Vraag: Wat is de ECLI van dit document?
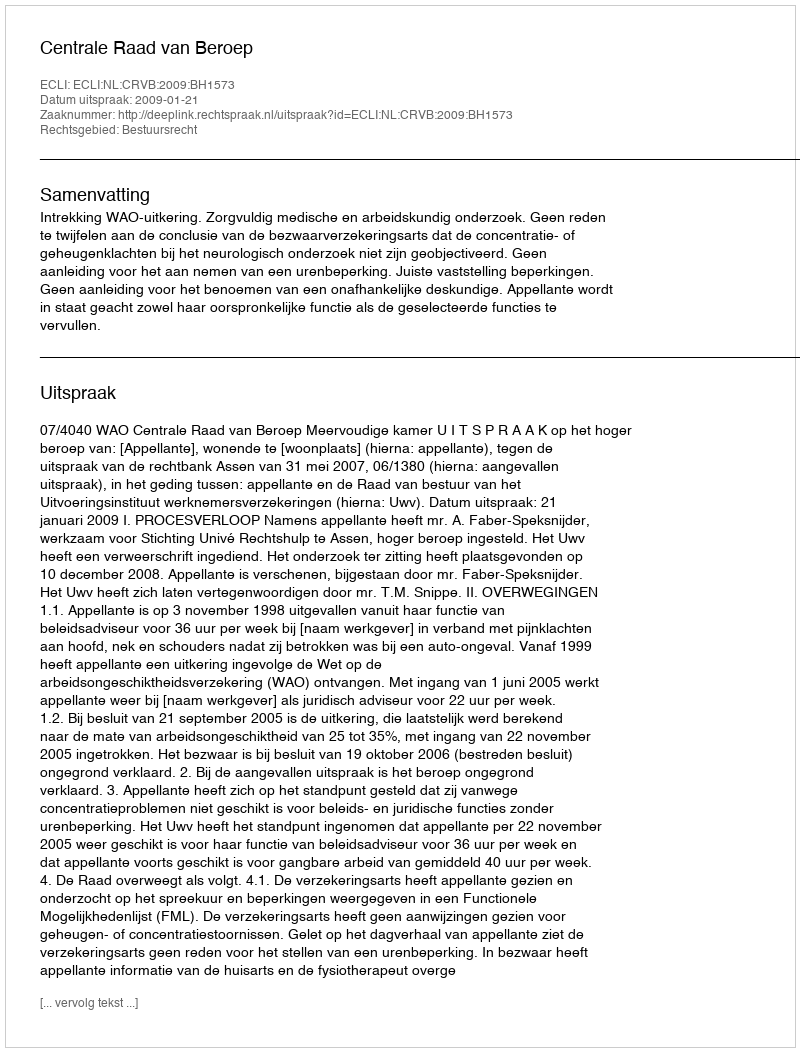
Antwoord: ECLI:NL:CRVB:2009:BH1573